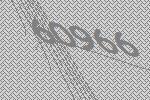
60966